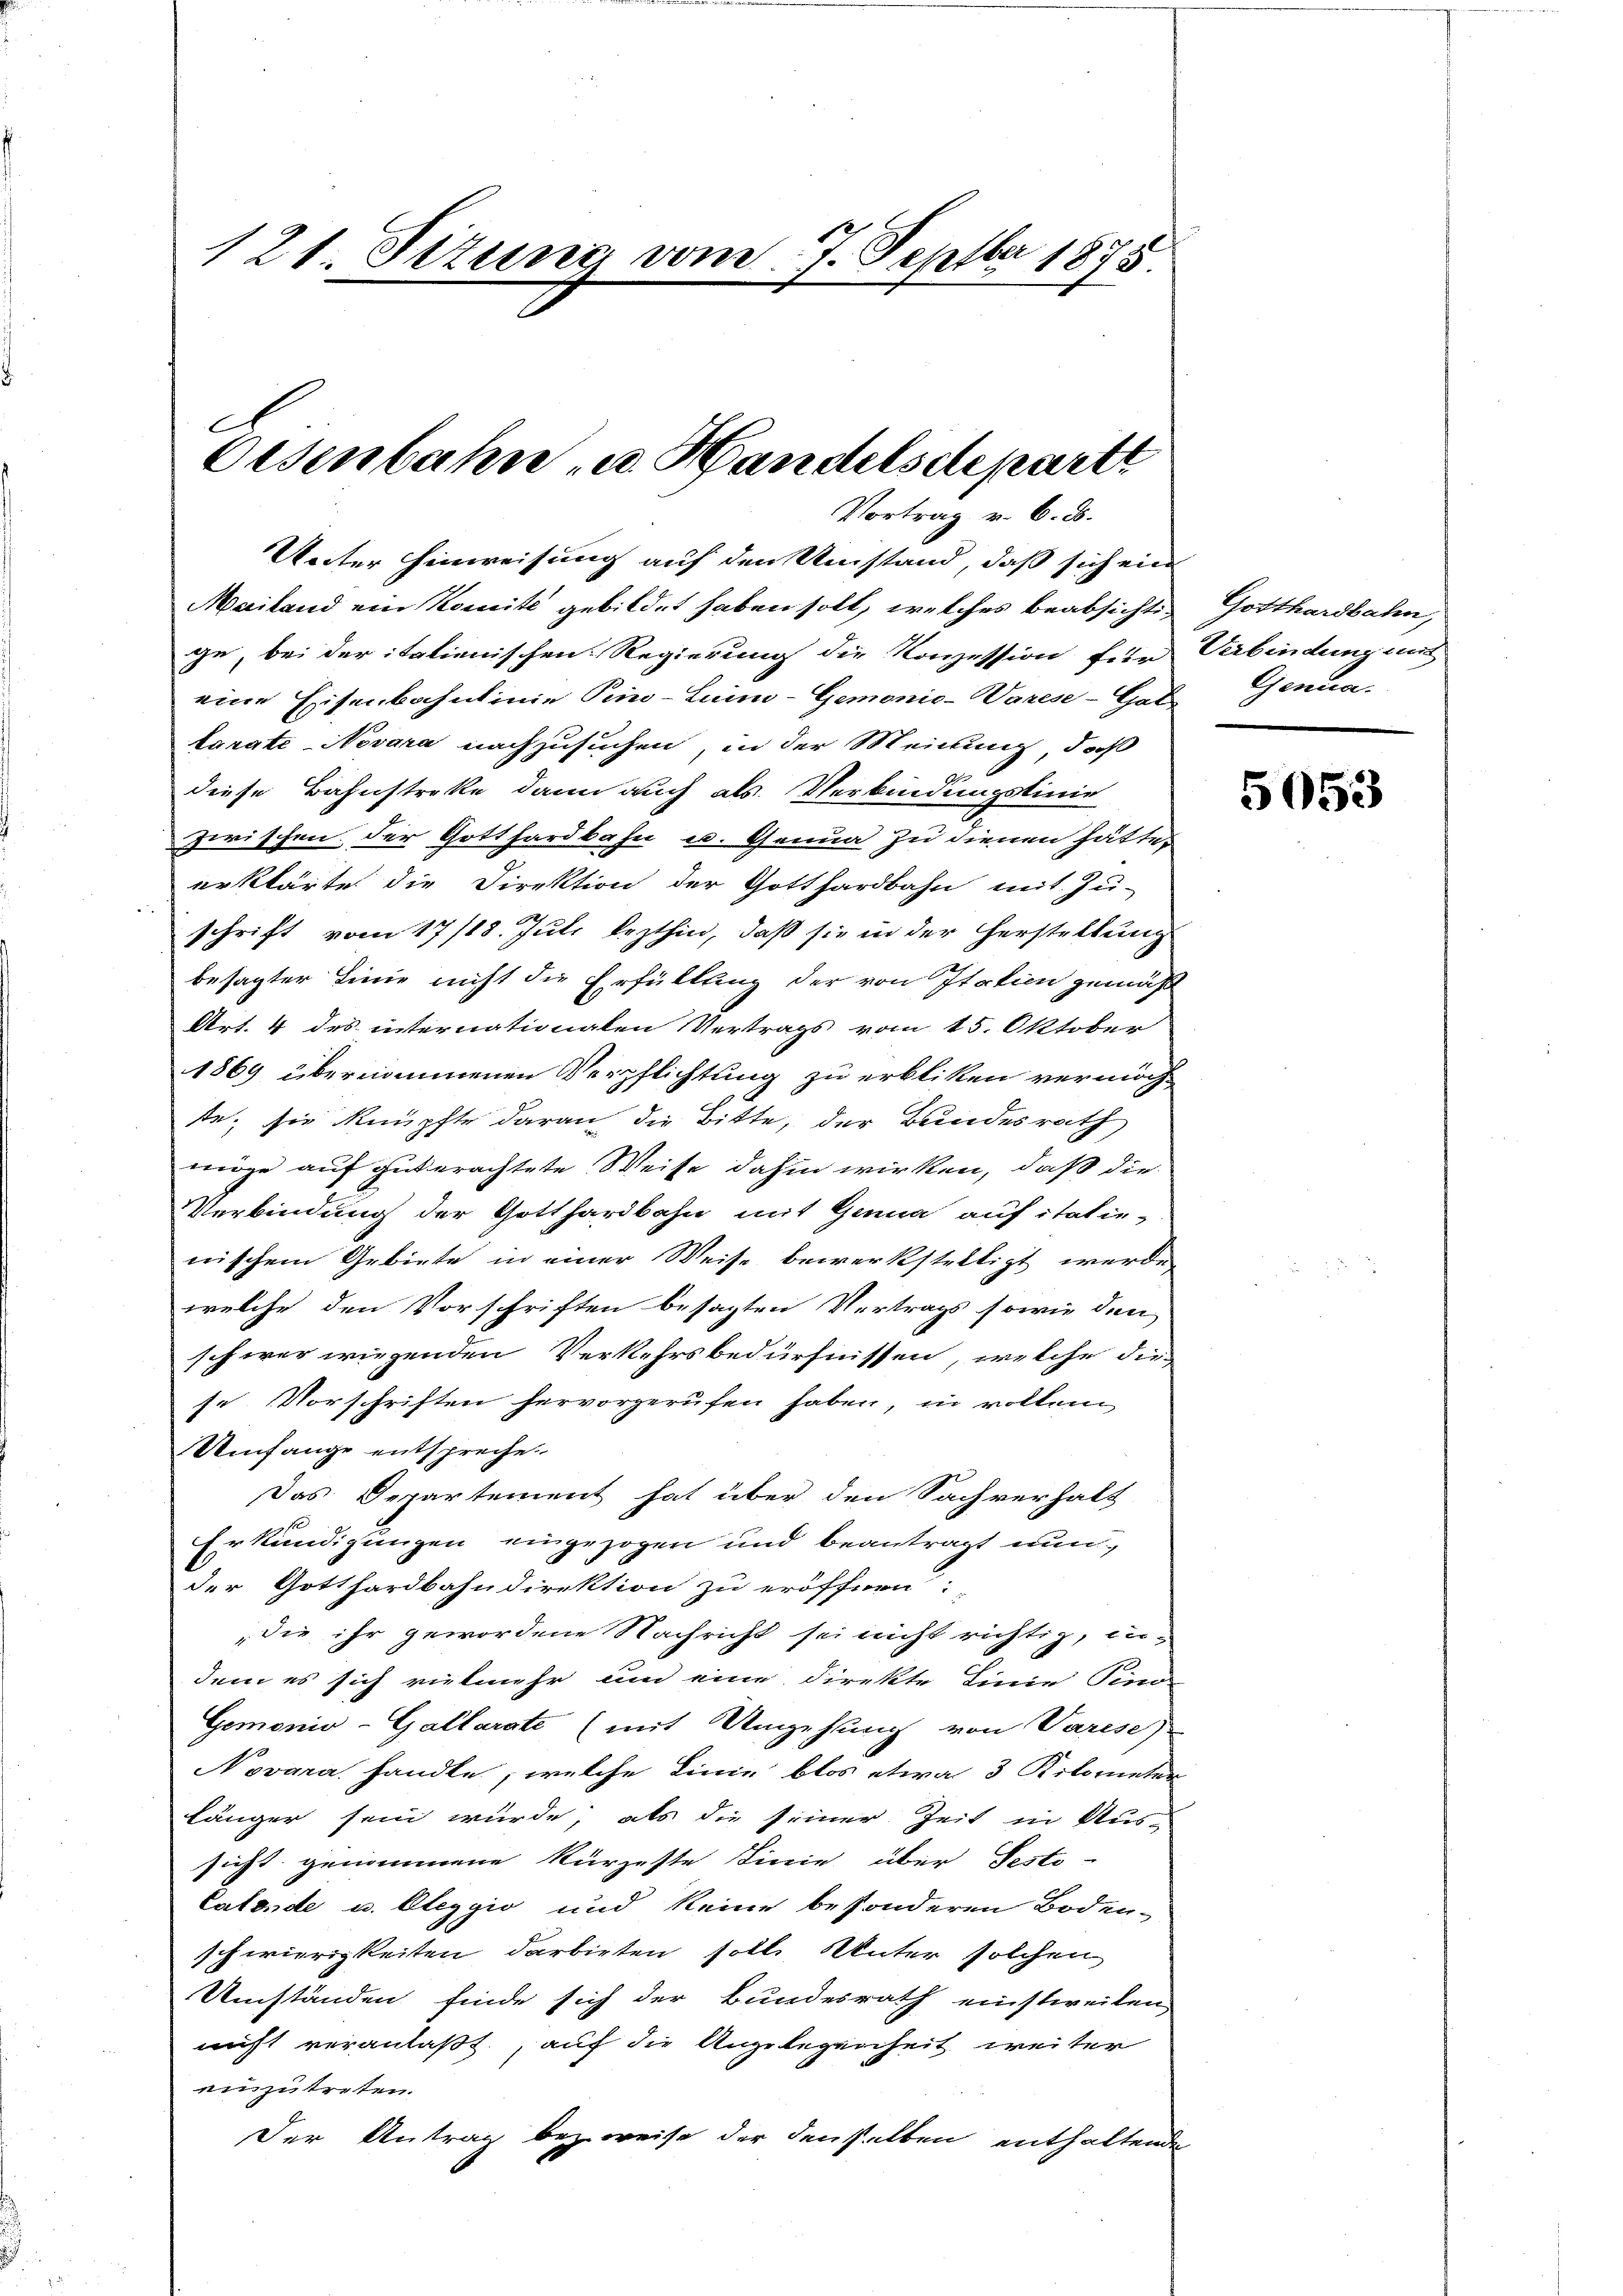
121. Sitzung vom 7. Septbr 1875

l
Osenbahn u. Handelsdeparte

Vortrag v. 6. d.

Unter Hinweisung auf den Umstand, daß sich eine
Mailand ein Komite gebildet haben soll, welches beabsichtige, bei der italienischen Regierung die Konzession für
eine Eisenbahnlinie Pino-Lunn-Gemonio-Varese-Cas
larati-Novara nachzusuchen, in der Meinung, daß
diese Bahnstreke dann auch als Verbindungslinie
zwischen. Der Gotthardbahn u. Genua zu dienen hätte,
erklärte die Direktion der Gotthardbahn mit Zu-
schrift vom 17/18. Juli lezthin, daß sie in der Herstellung
besagter Linie nicht die Erfüllung der von Italien gemächt
Art. 4 des internationalen Vertrags vom 15. Oktober
1869 übernommenen Verpflichtung zu erbliken vermöch-
te; sie knüpfte daran die Bitte, der Bundesrath
möge auf gut erachtete Weise dahin wirken, daß die
Verbindung der Gotthardbahn mit Genua auf italie-
nischem Gebiete in einer Weise bewerkstelligt werde,
welche den Vorschriften besagten Vertrags sowie den
schwer wiegenden Verkehrsbedürfnissen, welche die
se Vorschriften hervorgerufen haben, in vollem
Umfange entspreche.
Das Departement hat über den Sachverhalt
Erkundigungen eingezogen und beantragt nun
der Gotthardbahndirektion zu eröffnen:
die ihr gewordene Nachricht sei nicht richtig, indem es sich vielmehr un eine direkte Linie Tino-
Gemonio-Gallarste (mit Umgehung von Varese
Novara handle, welche Linie blos etwa 3 Kilometer
Länger sein würde, als die seiner Zeit in Aus-
sicht genommene kürzeste Linie über Pesto-
Catende u. Oleggio und keine besonderen Boden-
schwierigkeiten darbieten soll. Unter solchen
Umständen finde sich der Bundesrath einstweilen,
nicht veranlaßt, auf die Angelegenheit weiter
einzutreten.
Der Antrag bezweise der denselben enthaltende

Gotthardbahn,
Verbindung unt
Genia.

5053